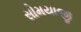
સોમયાજી